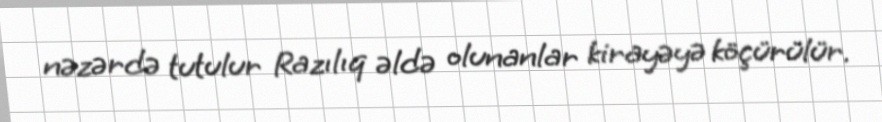
nəzərdə tutulur Razılıq əldə olunanlar kirayəyə köçürülür.